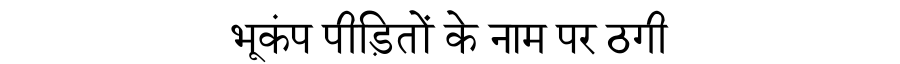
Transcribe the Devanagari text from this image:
भूकंप पीड़ितों के नाम पर ठगी